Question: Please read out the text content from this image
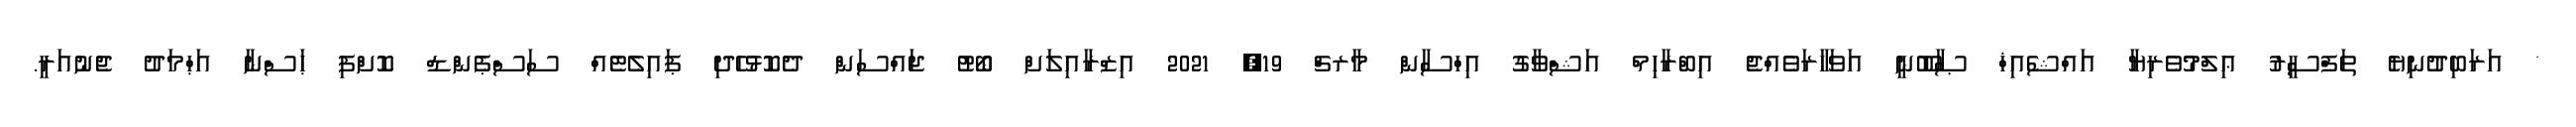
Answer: * އަރަބިދުނިޔެ ތަފްސީރު ޢިލްމުވެރިޔާ އައްޝެއިޚް ޞާބޫނީ އަވަހާރަވެއްޖެ އިބްރާހިމް އަޝްވާގު އިހްސާން މާރޗް 19, 2021 އިޒްރާއިލަށް ބޯޓު ޖައްސަން ދެކޮޅުހެދި ޕައިލެޓެއް ސަސްޕެންޑް ކޮށްފި ޙަސްނާ އަޙްމަދު ޖެނުއަރީ.